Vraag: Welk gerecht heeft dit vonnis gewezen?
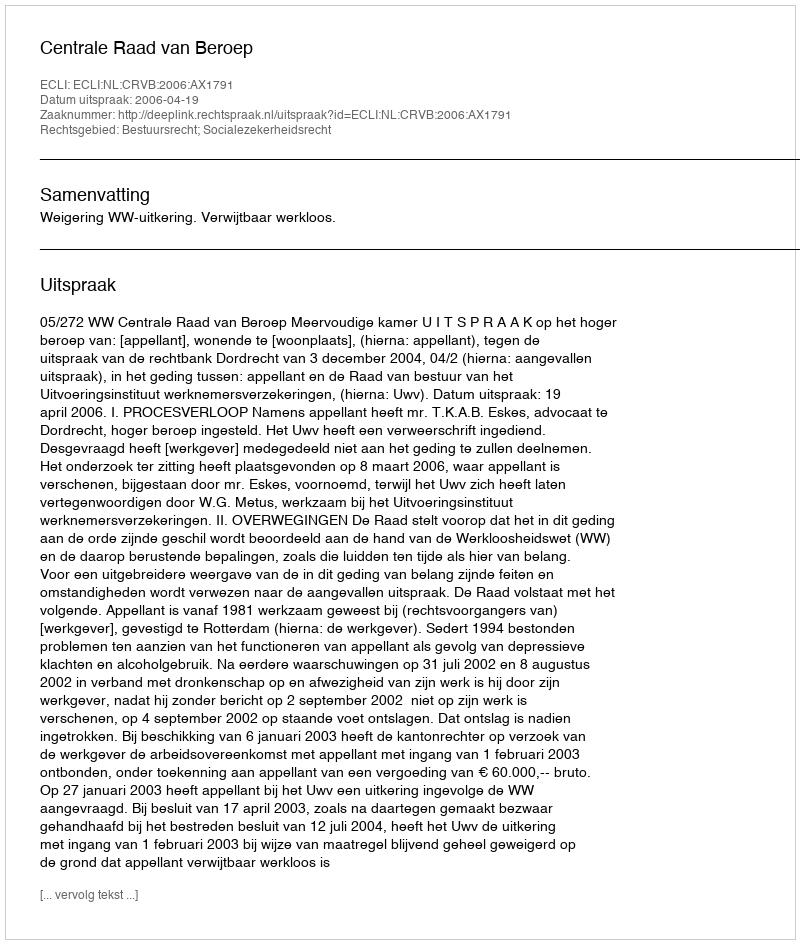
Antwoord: Centrale Raad van Beroep